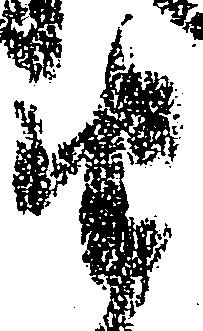
由